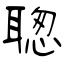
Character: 聦